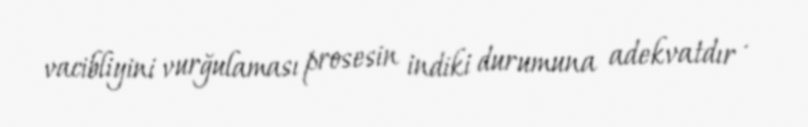
vacibliyini vurğulaması prosesin indiki durumuna adekvatdır .